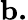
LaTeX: \mathbf{b.}